Vaccine operations Central Provinces 1900-1911 - 1900-1911
Year: 1900
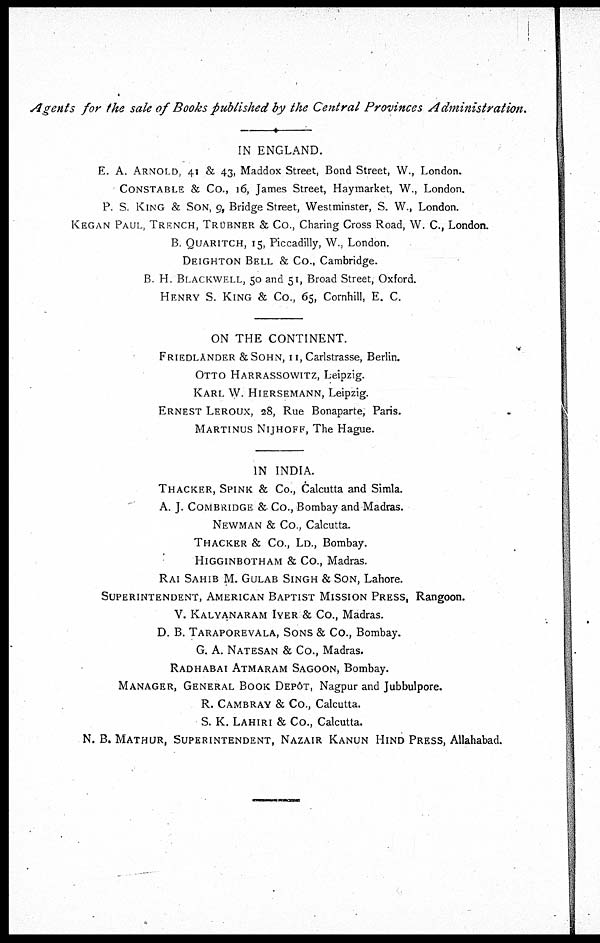
Agents for the sale of Books published by the Central Provinces
Administration.
IN ENGLAND.
E. A. ARNOLD, 41 & 43, Maddox Street, Bond Street, W., London.
CONSTABLE & Co., 16, James Street, Haymarket, W., London.
P. S. KING & SON, 9, Bridge Street, Westminster, S. W., London.
KEGAN POUL, TRENCH, TRUBNER & Co., Charing Cross Road, W. C., London.
B. QUARITCH, 15, Piccadilly, W., London.
DEIGHTON BELL & Co., Cambridge.
B H. BLACKWELL, 50 and 51, Broad Street, Oxford.
HENRY S. KING & Co., 65, Cornhill, E. C.
ON THE CONTINENT.
FRIEDLANDER &SOHN, 11,Carlstrasse, Berlin.
OTTO HARRASSOWITZ, Leipzig.
KARL W. HIERSEMANN, Leipzig.
ERNEST LEROUX, 28, Rue Bonaparte, Paris.
MARTINUS NIJHOFF, The Hague.
IN INDIA.
THACKER, SPINK & Co., Calcutta and Simla.
A. J. COMBRIDGE & Co., Bombay and Madras.
NEWMAN & Co., Calcutta.
THACKER & Co., LD., Bombay.
HIGGINBOTHAM & Co., Madras.
RAI SAHIB M. GULAB SINGH & SON, Lahore.
SUPERINTENDENT, AMERICAN BAPTIST MISSION PRESS, Rangoon.
V. KALYANARAM IYER & Co., Madras.
D. B. TARAPOREVALA, SONS & Co., Bombay.
G. A. NATESAN & Co., Madras.
RADHABAI ATMARAM SAGOON, Bombay.
MANAGER, GENERAL BOOK DEPÔT, Nagpur and Jubbulpore.
R. CAMBRAY & Co., Calcutta.
S. K. LAHIRI & Co., Calcutta.
N. B. MATHUR, SUPERINTENDENT, NAZAIR KANUN HIND PRESS, Allahabad.